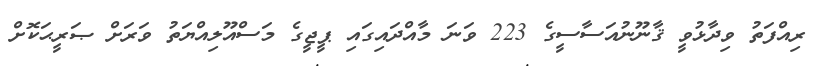
ރިއްފަތު ވިދާޅުވީ ޤާނޫނުއަސާސީގެ 223 ވަނަ މާއްދައިގައި ޕީޖީގެ މަސްއޫލިއްޔަތު ވަރަށް ޞަރީޙަކޮށް